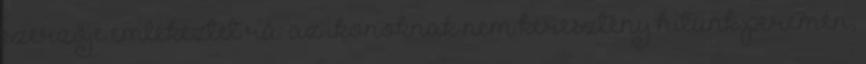
szerzője emlékeztet rá: az ikonoknak nem keresztény hitünk peremén,